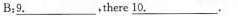
B：\underline{9.}，there\underline{10.}.